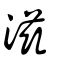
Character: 滋